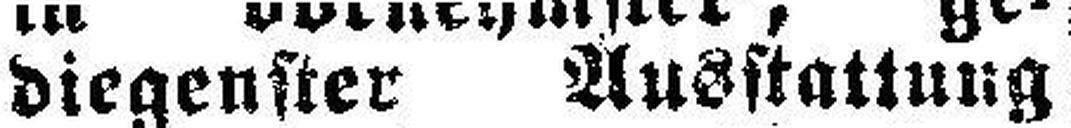
diegenster Ausstattung